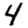
Digit: 4